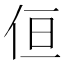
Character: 𠈗